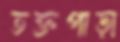
তক্তপাড়া